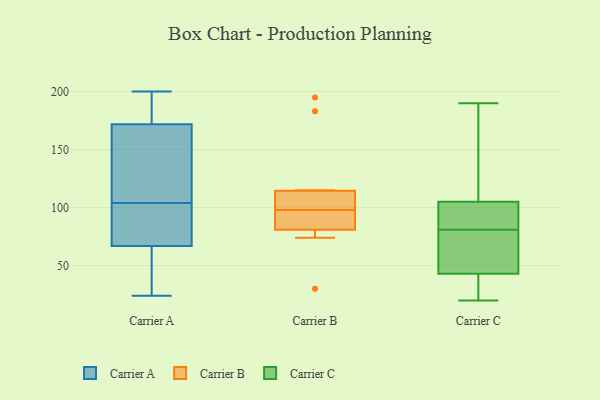
{"axis": {"x": "Population (Million)", "y": "Value"}, "legend": ["Carrier A", "Carrier B", "Carrier C"], "data": [{"x": "", "y": 35, "type": "Carrier A"}, {"x": "", "y": 104, "type": "Carrier A"}, {"x": "", "y": 199, "type": "Carrier A"}, {"x": "", "y": 135, "type": "Carrier A"}, {"x": "", "y": 73, "type": "Carrier A"}, {"x": "", "y": 200, "type": "Carrier A"}, {"x": "", "y": 184, "type": "Carrier A"}, {"x": "", "y": 82, "type": "Carrier A"}, {"x": "", "y": 117, "type": "Carrier A"}, {"x": "", "y": 65, "type": "Carrier A"}, {"x": "", "y": 24, "type": "Carrier A"}, {"x": "", "y": 109, "type": "Carrier B"}, {"x": "", "y": 30, "type": "Carrier B"}, {"x": "", "y": 80, "type": "Carrier B"}, {"x": "", "y": 98, "type": "Carrier B"}, {"x": "", "y": 183, "type": "Carrier B"}, {"x": "", "y": 98, "type": "Carrier B"}, {"x": "", "y": 195, "type": "Carrier B"}, {"x": "", "y": 84, "type": "Carrier B"}, {"x": "", "y": 74, "type": "Carrier B"}, {"x": "", "y": 115, "type": "Carrier B"}, {"x": "", "y": 113, "type": "Carrier B"}, {"x": "", "y": 62, "type": "Carrier C"}, {"x": "", "y": 85, "type": "Carrier C"}, {"x": "", "y": 43, "type": "Carrier C"}, {"x": "", "y": 20, "type": "Carrier C"}, {"x": "", "y": 77, "type": "Carrier C"}, {"x": "", "y": 20, "type": "Carrier C"}, {"x": "", "y": 190, "type": "Carrier C"}, {"x": "", "y": 105, "type": "Carrier C"}, {"x": "", "y": 155, "type": "Carrier C"}, {"x": "", "y": 88, "type": "Carrier C"}]}